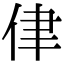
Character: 侓